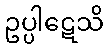
ဥပ္ပါဋေသိ